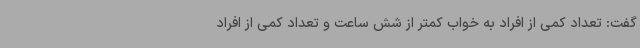
گفت: تعداد کمی از افراد به خواب کمتر از شش ساعت و تعداد کمی از افراد